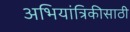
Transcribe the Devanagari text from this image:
अभियांत्रिकीसाठी